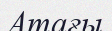
Атағы